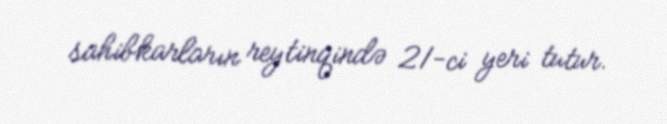
sahibkarların reytinqində 21-ci yeri tutur.